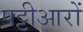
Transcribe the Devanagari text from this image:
पट्टीआरों